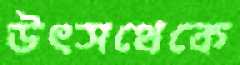
উৎসথেকে